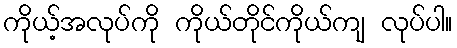
ကိုယ့်အလုပ်ကို ကိုယ်တိုင်ကိုယ်ကျ လုပ်ပါ။